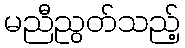
မညီညွတ်သည့်